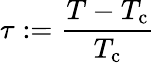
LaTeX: \tau:={\frac{T-T_{\mathrm{c}}}{T_{\mathrm{c}}}}